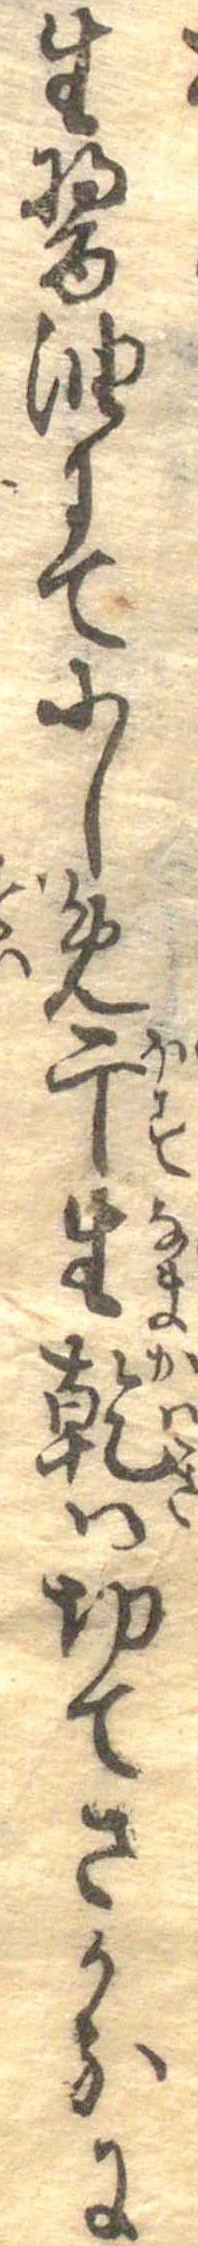
生醤油にてにしめ干生乾は切てさかなに